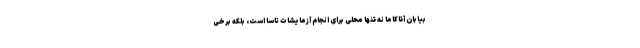
بیابان آتاکاما نه تنها محلی برای انجام آزمایشات ناسا است، بلکه برخی